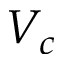
V _ { c }